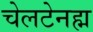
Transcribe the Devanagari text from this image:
चेलटेनह्म